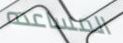
المساعده